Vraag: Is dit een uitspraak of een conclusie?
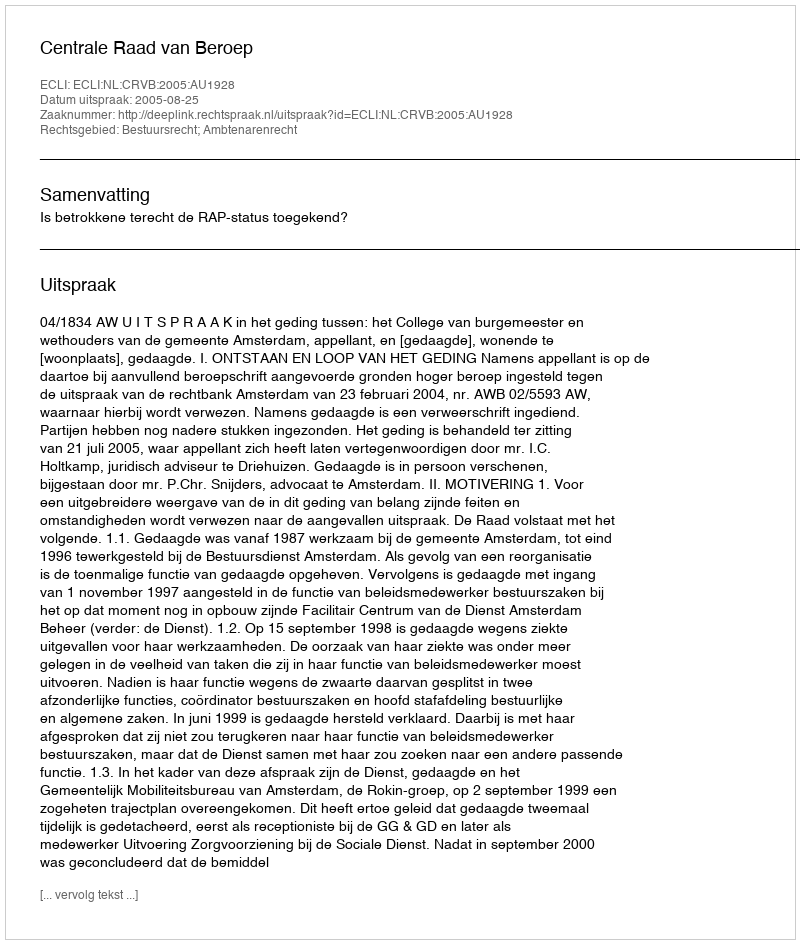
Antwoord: Uitspraak